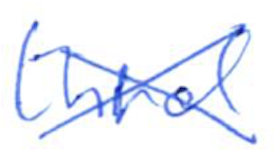
Text: third
Cross-out: cross
Writing tool: ballpoint